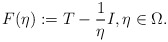
\begin{align*}F(\eta):=T-\frac{1}{\eta}I, \eta \in \Omega.\end{align*}